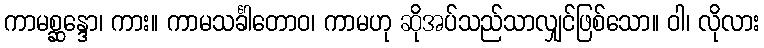
ကာမစ္ဆန္ဒော၊ ကား။ ကာမသင်္ခါတောဝ၊ ကာမဟု ဆိုအပ်သည်သာလျှင်ဖြစ်သော။ ဝါ၊ လိုလား